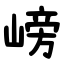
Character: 嵭